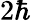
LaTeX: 2\hbar